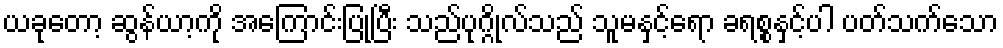
ယခုတော့ ဆွန်ယာ့ကို အကြောင်းပြုပြီး သည်ပုဂ္ဂိုလ်သည် သူမနှင့်ရော ခရစ္စနှင့်ပါ ပတ်သက်သော